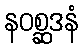
နဝစ္ဆဒနံ